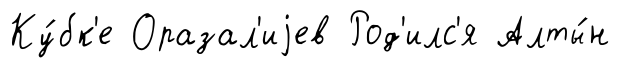
Ку́бк'е Оразал'иjев Род'илс'я Алты́н